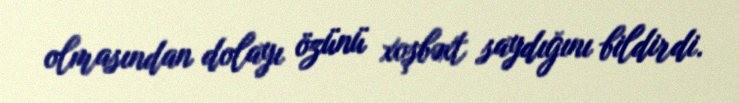
olmasından dolayı özünü xoşbəxt saydığını bildirdi.